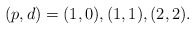
\begin{align*}(p,d) = (1,0), (1,1), (2,2). \end{align*}